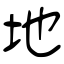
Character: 地